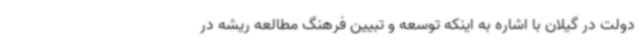
دولت در گیلان با اشاره به اینکه توسعه و تبیین فرهنگ مطالعه ریشه در